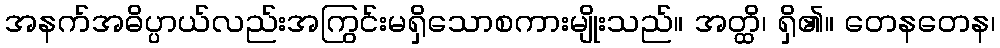
အနက်အဓိပ္ပာယ်လည်းအကြွင်းမရှိသောစကားမျိုးသည်။ အတ္ထိ၊ ရှိ၏။ တေနတေန၊